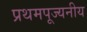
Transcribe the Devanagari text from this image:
प्रथमपूज्यनीय